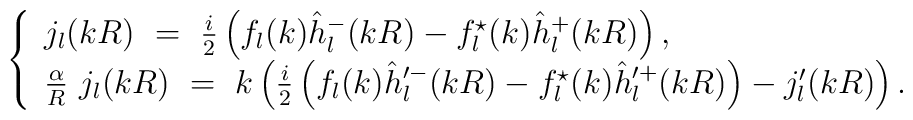
\left\{ \begin{array}{ll}j_{l}(kR)\ =\   \frac i2 \left(f_l(k)\hat h^-_l(kR)-f^{\star}_l(k)\hat h^+_l(kR)\right), \nonumber \\  \frac{\alpha}{R}\ j_{l}(kR)\ =\   k\left(\frac i2 \left(f_l(k)\hat h'^-_l(kR)-f^{\star}_l(k)\hat h'^+_l(kR)\right)-j'_l(kR) \right).\end{array}\right.